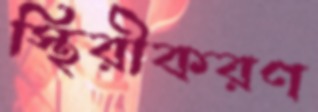
স্থিরীকরণ